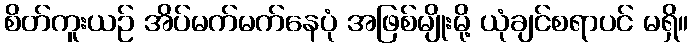
စိတ်ကူးယဉ် အိပ်မက်မက်နေပုံ အဖြစ်မျိုးမို့ ယုံချင်စရာပင် မရှိ။